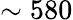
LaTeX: \sim 580